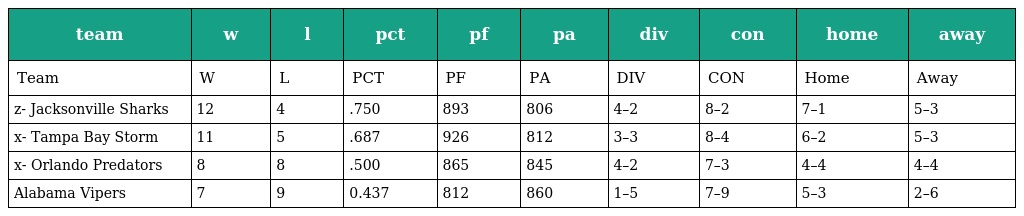
| team | w | l | pct | pf | pa | div | con | home | away |
 | --- | --- | --- | --- | --- | --- | --- | --- | --- | --- |
 | Team | W | L | PCT | PF | PA | DIV | CON | Home | Away |
 | z- Jacksonville Sharks | 12 | 4 | .750 | 893 | 806 | 4–2 | 8–2 | 7–1 | 5–3 |
 | x- Tampa Bay Storm | 11 | 5 | .687 | 926 | 812 | 3–3 | 8–4 | 6–2 | 5–3 |
 | x- Orlando Predators | 8 | 8 | .500 | 865 | 845 | 4–2 | 7–3 | 4–4 | 4–4 |
 | Alabama Vipers | 7 | 9 | 0.437 | 812 | 860 | 1–5 | 7–9 | 5–3 | 2–6 |